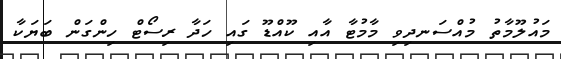
މައުލޫމާތު މުއްސަނދިވި މާމުޓާ އާއި ކޫއްޑޫ ގައި ހަދާ ރިސޯޓް ހިންގަން ބަޔަކާ